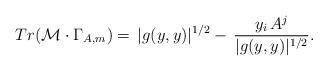
LaTeX: \begin{align*}Tr(\mathcal{M}\cdot \Gamma_{A,m})=\,|g(y,y)|^{1/2}-\,\frac{y_i\,A^j}{|g(y,y)|^{1/2}}.\end{align*}